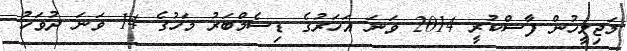
މަޖިލީހުން ފާސްކުރީ 2014 ވަނަ އަހަރުގެ ޑިސެމްބަރު މަހުގެ 14 ވަނަ ދުވަހު